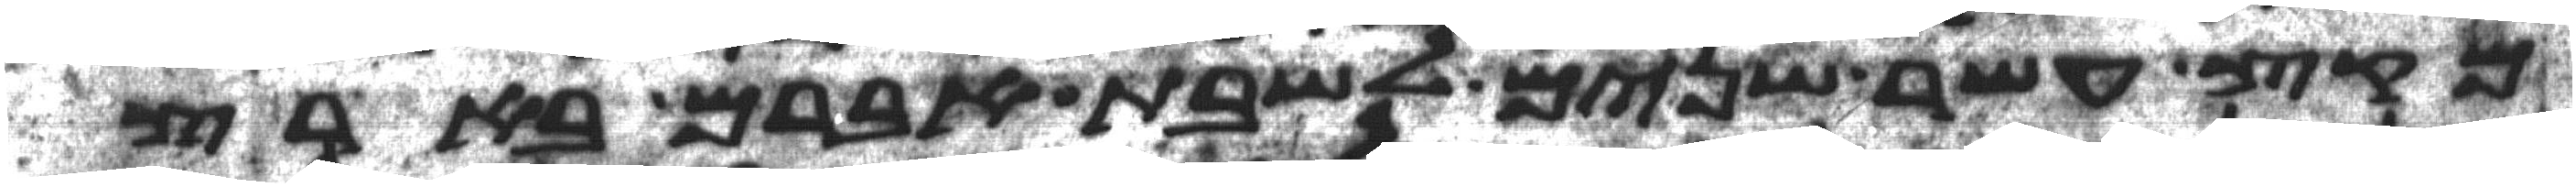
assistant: מקץ עשר שנים לשבת אברם בארץ